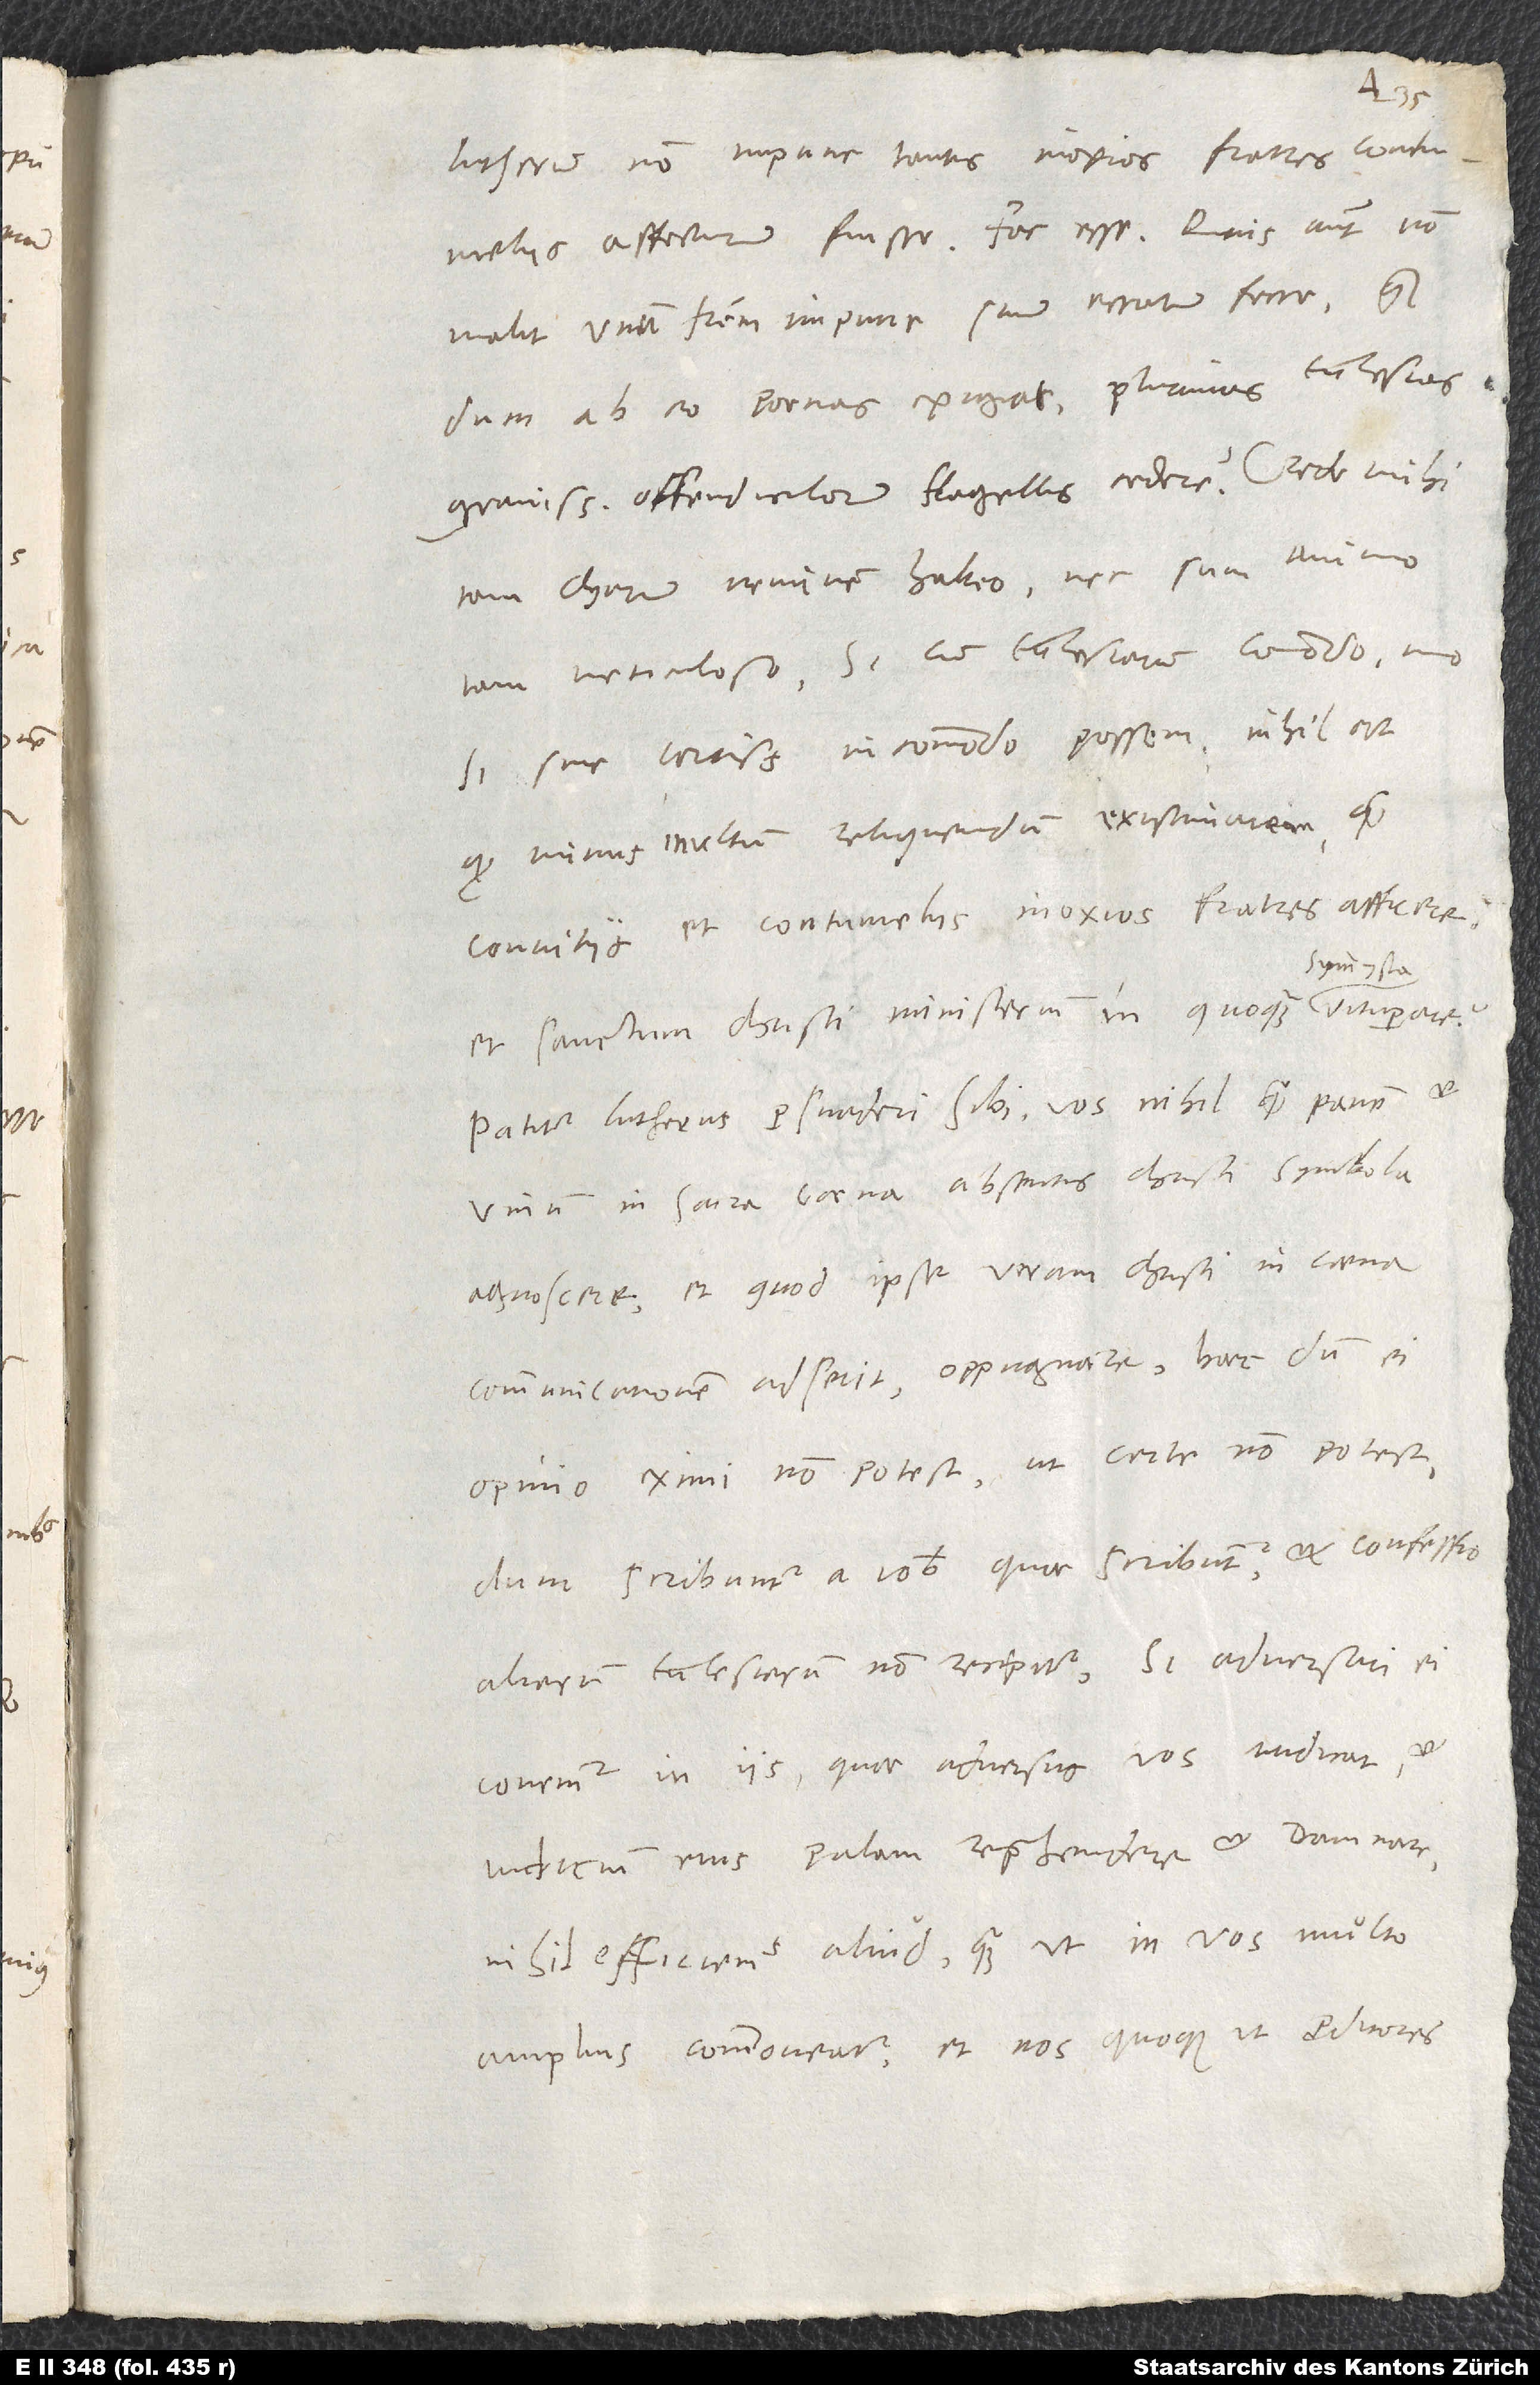
Lutherum non impune tantis inoxios fratres contumeliis
affecturum fuisse. Fac esse. Quis autem non
malit unum fratrem impune suum erratum ferre, quam,
dum ab eo poenas exigat, plurimas ecclesias
gravissimorum offendiculorum flagellis cedere? Crede mihi,
tam charum neminem habeo nec sum animo
tam meticuloso, si cum ecclesiarum commodo, imo
si sine certissimo incommodo possem, nihil est,
quod minus inultum relinquendum existimarem quam
convitiis et contumeliis inoxios fratres afficere
symmysta
et sanctum Christi ministerium in quoquam
Patitur Lutherus persuaderi sibi vos nihil quam panem et
vinum in sacra coena absentis Christi symbola
agnoscere et, quod ipse veram Christi in coena
communicationem adserit, oppugnare; haec dum ei
opinio eximi non potest, ut certe non potest,
dum scribuntur a vobis, quae scribuntur, et confessio
aliarum ecclesiarum non recipitur, si adversari ei
conemur in iis, quae adversus vos iudicat,
iudicium eius palam reprehendere et damnare,
nihil efficiemus aliud, quam ut in vos multo
amplius commoveatur et nos quoque ut proditores